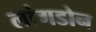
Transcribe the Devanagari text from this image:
लांगडोन